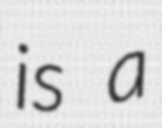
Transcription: is a